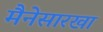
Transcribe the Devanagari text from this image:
मैनेसारखा